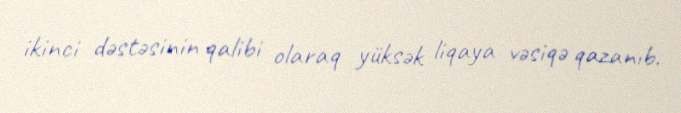
ikinci dəstəsinin qalibi olaraq yüksək liqaya vəsiqə qazanıb.